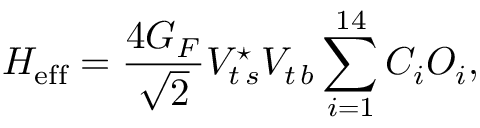
{ \cal H } _ { \mathrm { e f f } } = \frac { 4 G _ { F } } { \sqrt { 2 } } V _ { t \, s } ^ { \star } V _ { t \, b } \sum _ { i = 1 } ^ { 1 4 } C _ { i } O _ { i } ,